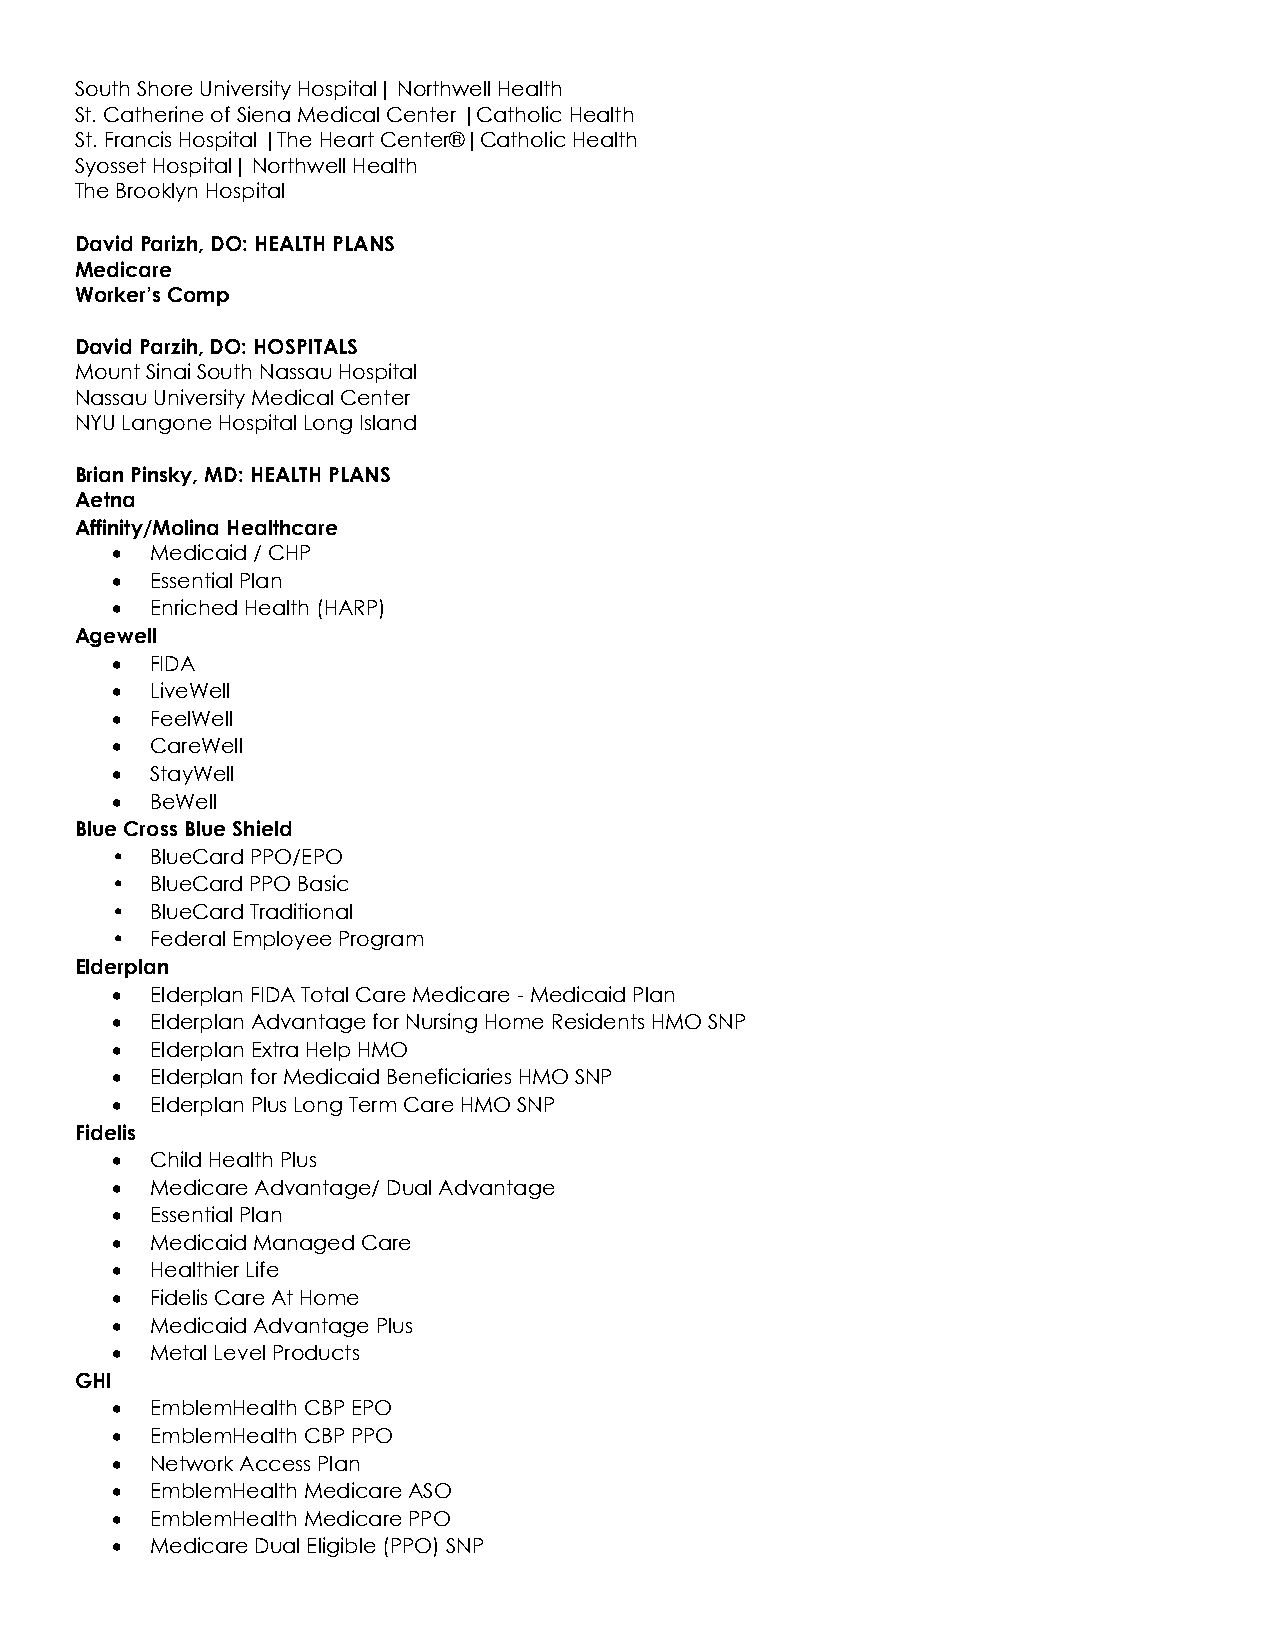
South Shore University Hospital| Northwell Health
 St. Catherine of Siena Medical Center |Catholic Health
 St. Francis Hospital |The Heart Center®|Catholic Health
 Syosset Hospital| Northwell Health
 The Brooklyn Hospital
 David Parizh, DO: HEALTH PLANS
 Medicare
 Worker’s Comp
 David Parzih, DO: HOSPITALS
 Mount Sinai South Nassau Hospital
 Nassau University Medical Center
 NYU Langone Hospital Long Island
 Brian Pinsky, MD: HEALTH PLANS
 Aetna
 Affinity/Molina Healthcare
 •  Medicaid / CHP
 •  Essential Plan
 •  Enriched Health (HARP)
 Agewell
 •  FIDA
 •  LiveWell
 •  FeelWell
 •  CareWell
 •  StayWell
 •  BeWell
 Blue Cross Blue Shield
 •  BlueCard PPO/EPO
 •  BlueCard PPO Basic
 •  BlueCard Traditional
 •  Federal Employee Program
 Elderplan
 •  Elderplan FIDA Total Care Medicare - Medicaid Plan
 •  Elderplan Advantage for Nursing Home Residents HMO SNP
 •  Elderplan Extra Help HMO
 •  Elderplan for Medicaid Beneficiaries HMO SNP
 •  Elderplan Plus Long Term Care HMO SNP
 Fidelis
 •  Child Health Plus
 •  Medicare Advantage/ Dual Advantage
 •  Essential Plan
 •  Medicaid Managed Care
 •  Healthier Life
 •  Fidelis Care At Home
 •  Medicaid Advantage Plus
 •  Metal Level Products
 GHI
 •  EmblemHealth CBP EPO
 •  EmblemHealth CBP PPO
 •  Network Access Plan
 •  EmblemHealth Medicare ASO
 •  EmblemHealth Medicare PPO
 •  Medicare Dual Eligible (PPO) SNP